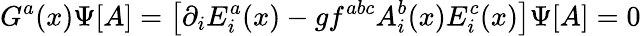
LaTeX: G^{a}(x)\Psi[A]=\left[\partial_{i}E_{i}^{a}(x)-gf^{abc}A_{i}^{b}(x)E_{i}^{c}(x)\right]\Psi[A]=0